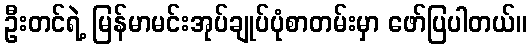
ဦးတင်ရဲ့ မြန်မာမင်းအုပ်ချုပ်ပုံစာတမ်းမှာ ဖော်ပြပါတယ်။